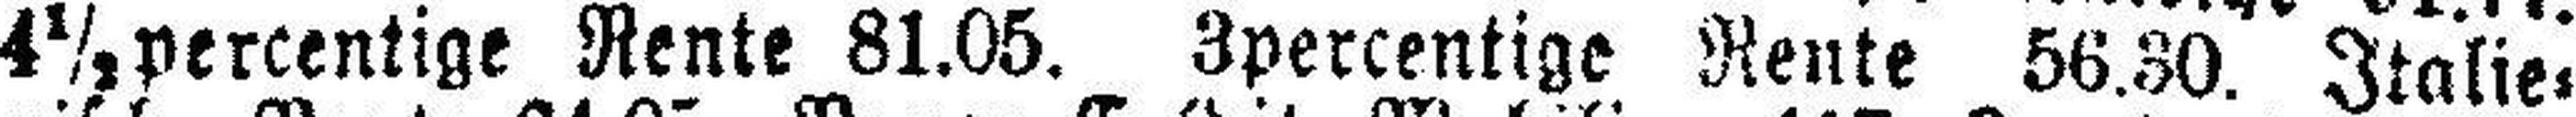
4½ percentige Rente 81.05. 3percentige Rente 56.30. Italie¬